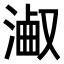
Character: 𣻋